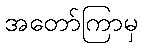
အတော်ကြာမှ